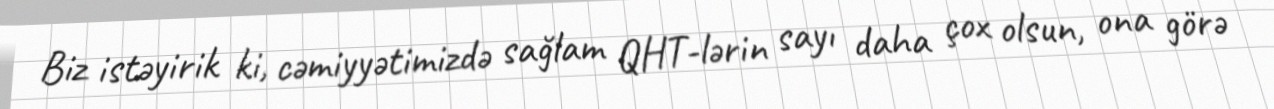
Biz istəyirik ki, cəmiyyətimizdə sağlam QHT-lərin sayı daha çox olsun, ona görə